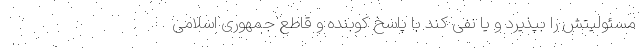
مسئولیتش را بپذیرد و یا نفی کند با پاسخ کوبنده و قاطع جمهوری اسلامی